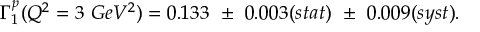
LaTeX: \Gamma _ { 1 } ^ { p } ( Q ^ { 2 } = 3 ~ G e V ^ { 2 } ) = 0 . 1 3 3 ~ \pm ~ 0 . 0 0 3 ( s t a t ) ~ \pm ~ 0 . 0 0 9 ( s y s t ) .